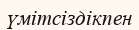
үмітсіздікпен